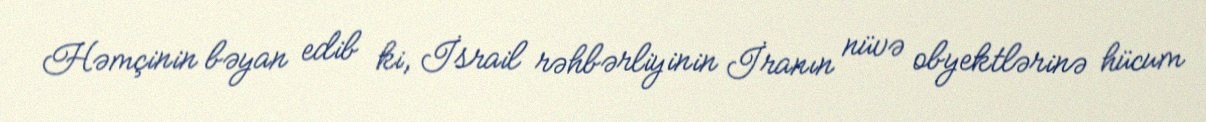
Həmçinin bəyan edib ki, İsrail rəhbərliyinin İranın nüvə obyektlərinə hücum